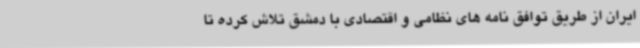
ایران از طریق توافق نامه های نظامی و اقتصادی با دمشق تلاش کرده تا